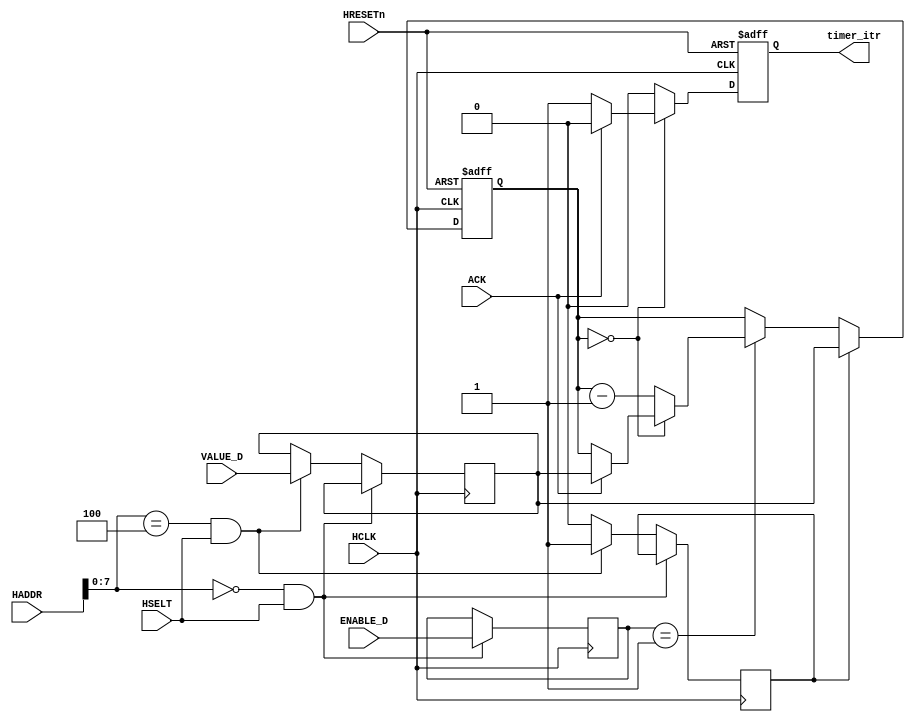

module Timers (	HCLK, HRESETn, HSELT , ENABLE_D, VALUE_D, HADDR, ACK,timer_itr);

  input 	HCLK ;
  input 	HRESETn;
  input         HSELT;
  input [31:0] 	ENABLE_D;
  input [31:0] 	VALUE_D;
  input [31:0] 	HADDR ; 
  input		ACK;	
  output 	timer_itr ;
  

  wire  [31:0]  number_next;
  reg 	[31:0]	number_currnt;
  reg 	[31:0] 	ENABLE ;
  reg 	[31:0] 	VALUE ;
  reg   flag;
  reg   interrupt ;

  
  assign number_next = (ENABLE == 32'h0000_0001)? 
						(number_currnt == 32'h0000_0000)? 
						((ACK==1'b1)? VALUE : number_currnt) : (number_currnt - 32'h0000_0001) 

						:number_currnt ;
  
  always @(posedge (HCLK) /*or ENABLE_D or VALUE_D or HSELT*/)
   begin
	 	if( (HADDR[7:0]==8'h00) && HSELT ) ENABLE <= ENABLE_D ;
		//	else   ENABLE <= 32'h0000_0000;
			
		else if( (HADDR[7:0]==8'h04) && HSELT) 
			begin 
				VALUE <= VALUE_D ;
				flag<=1;
			end
		else   	
			flag<=0;
   end
  
  
  
  always @( negedge (HRESETn) or posedge (HCLK) )
  begin
    if ((!HRESETn))  
		number_currnt <= 32'hzzzz_zzzz;
	else if( flag /*(HADDR[7:0]==8'h04) && HSELT*/ ) 
	  	number_currnt <=  VALUE ; 
	else 
		number_currnt <= number_next;
  end

  always @( negedge (HRESETn) or posedge (HCLK) )
  begin
	 if ((!HRESETn))  
		interrupt <= 1'b0;
	else if(number_currnt == 32'h0000_0000 )
		begin
		 if(ACK==1'b1)
			interrupt <=  1'b0 ;
		 else
			interrupt <=  1'b1 ;
		end	
	else 
		interrupt <= 1'b0;
  end
  
  //assign timer_itr = (number_currnt == 32'h0000_0000 ) ? ( (ACK==1'b1)?1'b0 : 1'b1 ) : 1'b0 ;
  assign timer_itr = interrupt;
  
  endmodule